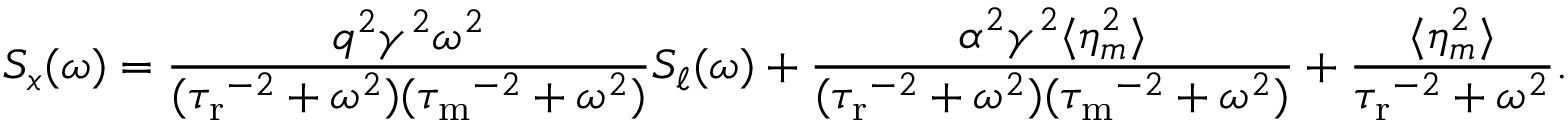
S _ { x } ( \omega ) = \frac { q ^ { 2 } \gamma ^ { 2 } \omega ^ { 2 } } { ( { \tau _ { \mathrm { r } } } ^ { - 2 } + \omega ^ { 2 } ) ( { \tau _ { \mathrm { m } } } ^ { - 2 } + \omega ^ { 2 } ) } S _ { \ell } ( \omega ) + \frac { \alpha ^ { 2 } \gamma ^ { 2 } \langle \eta _ { m } ^ { 2 } \rangle } { ( { \tau _ { \mathrm { r } } } ^ { - 2 } + \omega ^ { 2 } ) ( { \tau _ { \mathrm { m } } } ^ { - 2 } + \omega ^ { 2 } ) } + \frac { \langle \eta _ { m } ^ { 2 } \rangle } { { \tau _ { \mathrm { r } } } ^ { - 2 } + \omega ^ { 2 } } .